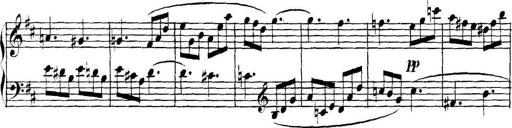
Title: Collected Piano Sonatas
Composer: Muzio Clementi